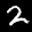
Label: 2